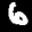
Label: 6